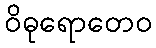
ဝိဓုရောတေဝ